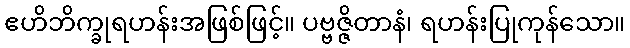
ဧဟိဘိက္ခုရဟန်းအဖြစ်ဖြင့်။ ပဗ္ဗဇ္ဇိတာနံ၊ ရဟန်းပြုကုန်သော။